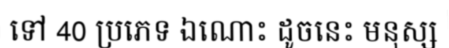
ទៅ 40 ប្រភេទ ឯណោះ ដូចនេះ មនុស្ស